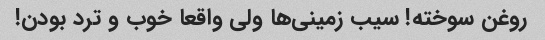
روغن سوخته! سیب زمینی‌ها ولی واقعا خوب و ترد بودن!